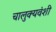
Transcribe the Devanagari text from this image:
चालुक्यवंशी